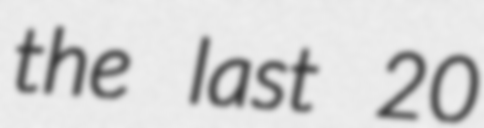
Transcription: the last 20